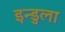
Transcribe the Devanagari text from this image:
इन्डुला